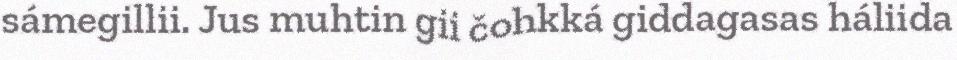
sámegillii. Jus muhtin gii čohkká giddagasas háliida